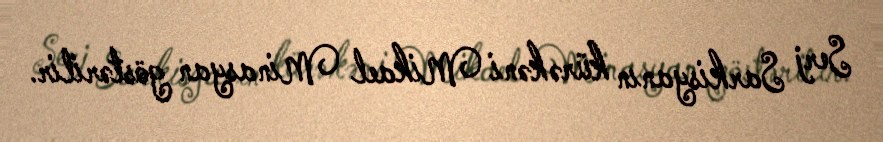
Serj Sarkisyanın kürəkəni Mikael Minasyan göstərilir.